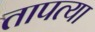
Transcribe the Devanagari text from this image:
तापत्या